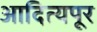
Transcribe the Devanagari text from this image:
आदित्यपूर